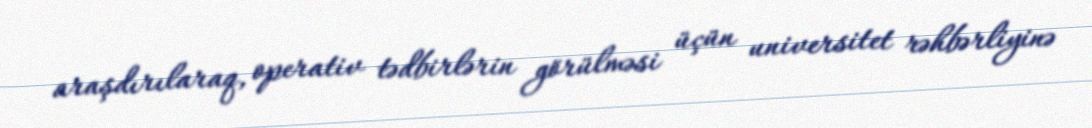
araşdırılaraq, operativ tədbirlərin görülməsi üçün universitet rəhbərliyinə